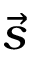
\vec { s }